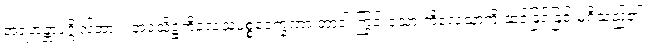
အရဟန္တာပုဂ္ဂိုလ်အား။ အဝသိဋ္ဌကိလေသပစ္စဝေက္ခဏာ ဘာဝါ ကြွင်းသော ကိလေသာကို ဆင်ခြင်ခြင်းမရှိသည်၏